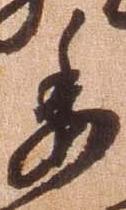
委